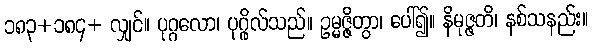
၁၈၃+၁၈၄+ လျှင်။ ပုဂ္ဂလော၊ ပုဂ္ဂိုလ်သည်။ ဥမ္မဇ္ဇိတွာ၊ ပေါ်၍။ နိမုဇ္ဇတိ၊ နစ်သနည်း။